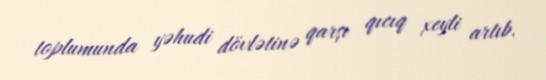
toplumunda yəhudi dövlətinə qarşı qıcıq xeyli artıb.